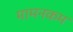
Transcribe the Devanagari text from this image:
मामनकम